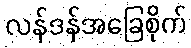
လန်ဒန်အခြေစိုက်